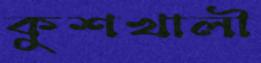
কুশখালী